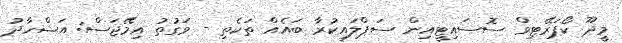
މީދޫ ކޯޕަރޭޓިވް ސޮސައިޓީއިން ސަޕްލައިކުރާ ބައެއް ތަކެތި - ވަގުތު އިމޭޖަސް: އަޝްހާދު